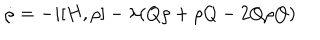
LaTeX: \dot { \rho } = - i [ H , \rho ] - \lambda ( Q \rho + \rho Q - 2 Q \rho Q )